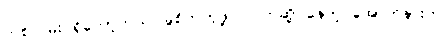
တစ်လမ်းပဲရှိတော့တယ်၊ ခွဲစိတ်ကုဖို့ပဲ၊ ပိတ်ဆို့ နေတဲ့ အောက်နားက